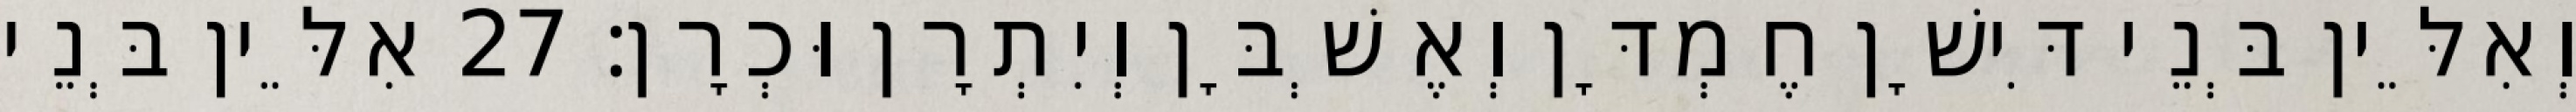
וְאִלֵּין בְּנֵי דִּישָׁן חֶמְדָּן וְאֶשְׁבָּן וְיִתְרָן וּכְרָן׃ 27 אִלֵּין בְּנֵי